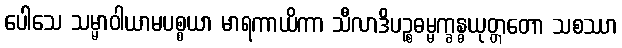
ပေါသေ သမ္မာဝါယာမပစ္စယာ မာရကာယိကာ သီလာဒိပဉ္စဓမ္မက္ခန္ဓယုတ္တတော သစဿာ